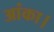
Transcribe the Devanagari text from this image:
आंका।